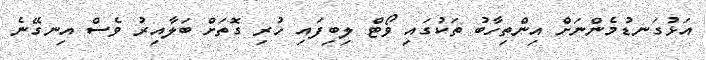
އަޅުގަނޑުމެންނަށް އިންތިހާބު ތަކުގައި ވޯޓް ލިބިފައި ހުރި ގޮތަށް ބަލާއިރު ވެސް އިނގޭނެ